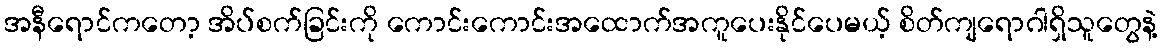
အနီရောင်ကတော့ အိပ်စက်ခြင်းကို ကောင်းကောင်းအထောက်အကူပေးနိုင်ပေမယ့် စိတ်ကျရောဂါရှိသူတွေနဲ့